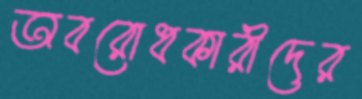
অবরোধকারীদের